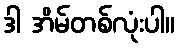
ဒါ အိမ်တစ်လုံးပါ။